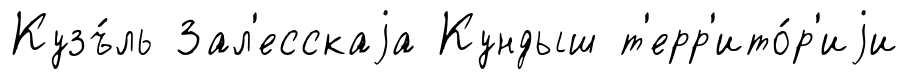
Кузъ́ль Зал'есскаjа Кундыш т'ерр'ито́р'иjи